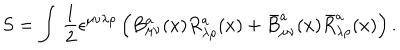
S = \int \, \frac { 1 } { 2 } \epsilon ^ { \mu \nu \lambda \rho } \left( B _ { \mu \nu } ^ { a } ( x ) R _ { \lambda \rho } ^ { a } ( x ) + \bar { B } _ { \mu \nu } ^ { a } ( x ) \bar { R } _ { \lambda \rho } ^ { a } ( x ) \right) .